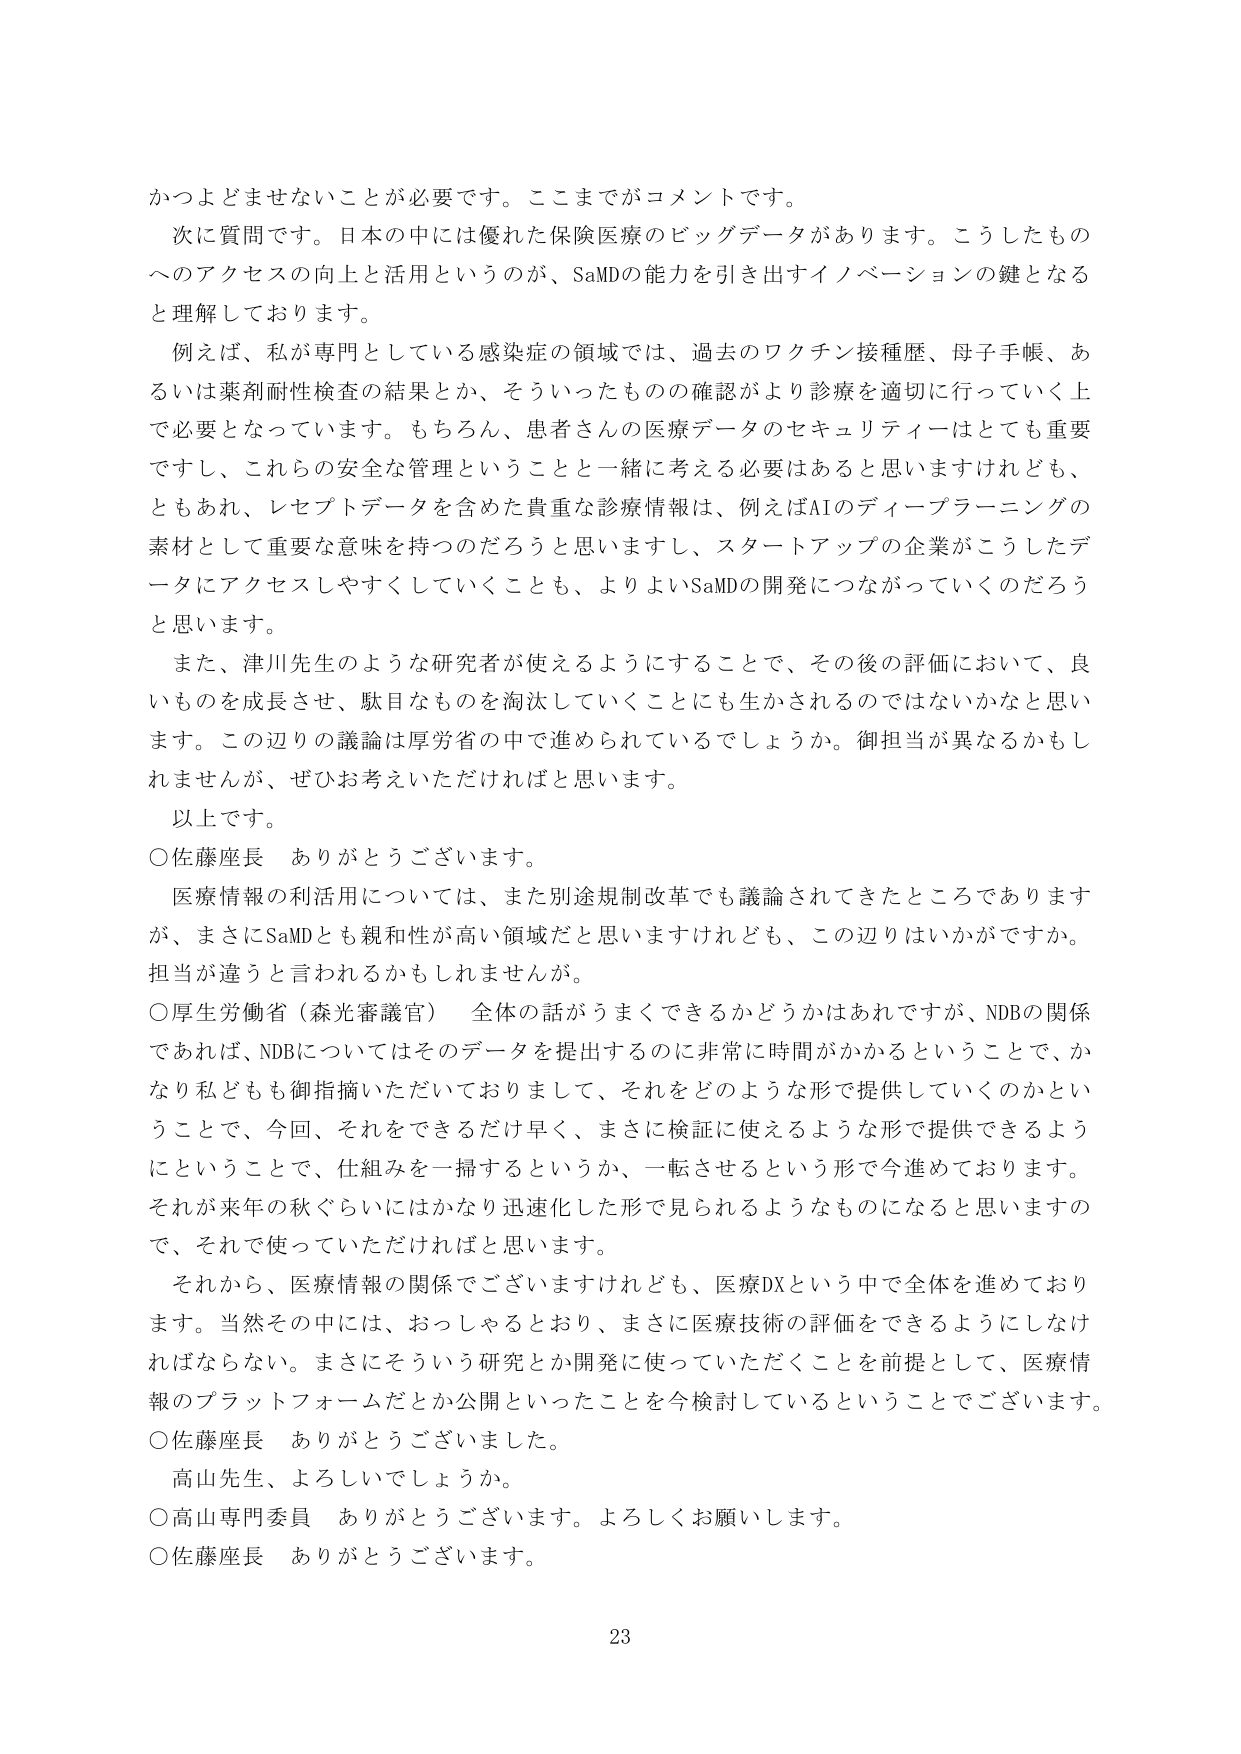
かつよどませないことが必要です。ここまでがコメントです。

次に質問です。日本の中には優れた保険医療のビッグデータがあります。こうしたものへのアクセスの向上と活用というのが、SaMDの能力を引き出すイノベーションの鍵となると理解しております。

例えば、私が専門としている感染症の領域では、過去のワクチン接種歴、母子手帳、あるいは薬剤耐性検査の結果とか、そういったものの確認がより診療を適切に行っていく上で必要となっています。もちろん、患者さんの医療データのセキュリティはとても重要ですし、これらの安全な管理ということと一緒に考える必要はあると思いますけれども、ともあれ、レセプトデータを含めた貴重な診療情報は、例えばAIのディープラーニングの素材として重要な意味を持つのだろと思いますし、スタートアップの企業がこうしたデータにアクセスしやすくしていくことも、よりよいSaMDの開発につながっていくのだろうと思います。

また、津川先生のような研究者が使えるようにすることで、その後の評価において、良いものを成長させ、駄目なものを淘汰していくことにも生かされるのではないかと思います。この辺りの議論は厚労省の中で進められているでしょうか。御担当が異なるかもしれませんが、ぜひお考えいただければと思います。

以上です。

○佐藤座長　ありがとうございます。

医療情報の利活用については、また別途規制改革でも議論されてきたところでありますが、まさにSaMDとも親和性が高い領域だと思いますけれども、この辺りはいかがですか。担当が違うと言われるかもしれませんが。

○厚生労働省（森光審議官）　全体の話がうまくできるかどうかはあれですが、NDBの関係であれば、NDBについてはそのデータを提出するのに非常に時間がかかるということで、かなり私どもも御指摘いただいておりまして、それをどのような形で提供していくのかということで、今回、それをできるだけ早く、まさに検証に使えるような形で提供できるようにということで、仕組みを一掃するというか、一転させるという形で今進めております。それが来年の秋ぐらいにはかなり迅速化した形で見られるようなものになると思いますので、それで使っていただければと思います。

それから、医療情報の関係でございますけれども、医療DXという中で全体を進めております。当然その中には、おっしゃるとおり、まさに医療技術の評価ができるようにしなければならない。まさにそういう研究とか開発に使っていただくことを前提として、医療情報のプラットフォームだとか公開といったことを今検討しているということでございます。

○佐藤座長　ありがとうございました。

高山先生、よろしいでしょうか。

○高山専門委員　ありがとうございます。よろしくお願いします。

○佐藤座長　ありがとうございます。

23